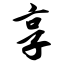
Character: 享